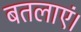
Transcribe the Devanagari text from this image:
बतलाएं।